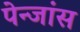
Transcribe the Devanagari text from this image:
पेन्जांस